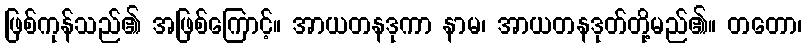
ဖြစ်ကုန်သည်၏ အဖြစ်ကြောင့်။ အာယတနဒုကာ နာမ၊ အာယတနဒုတ်တို့မည်၏။ တတော၊